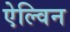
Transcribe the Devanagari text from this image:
ऐल्विन